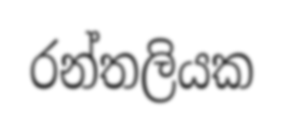
රන්තලියක